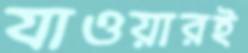
যাওয়ারই